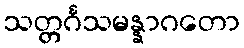
သတ္တင်္ဂသမန္နာဂတော